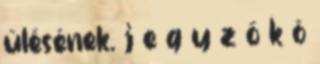
ülésének. j e g y z ő k ö